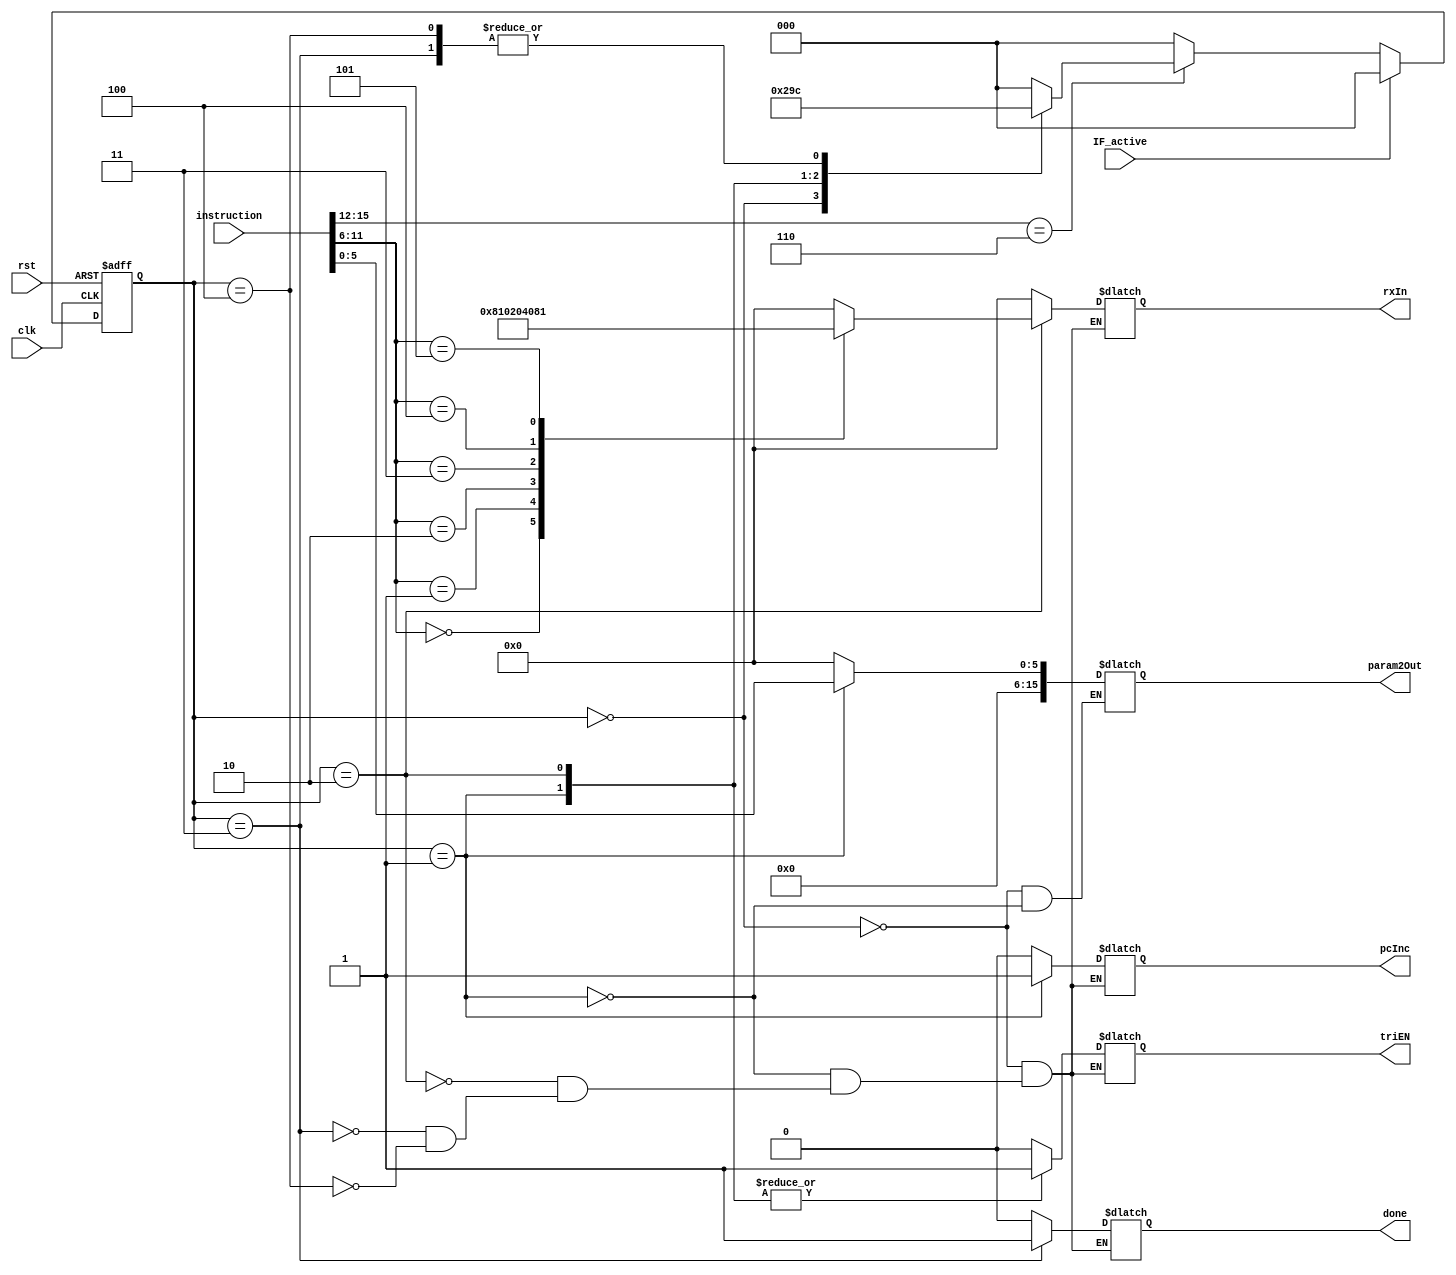
module MOViFSM(clk, rst, instruction, done, rxIn, pcInc, param2Out, triEN, IF_active);
    input clk, rst, IF_active;
    input[15:0] instruction;
    wire[3:0] opCode = instruction[15:12];
    wire[5:0] param1 = instruction[11:6];
    wire[5:0] param2 = instruction[5:0];

    output reg done, pcInc, triEN;
    output reg[5:0] rxIn;
    output reg[15:0] param2Out;

    reg[2:0] pres_state, next_state;
    parameter st0 = 3'b000, st1 = 3'b001, st2 = 3'b010, st3 = 3'b011, st4 = 3'b100;

    // State register
    always @(posedge clk or posedge rst) begin
        if(rst)
            pres_state <= st0;
        else if(IF_active)
            pres_state <= st0;
        else if(opCode == 4'b0110)
            pres_state <= next_state;
        else
            pres_state <= st0;
    end

    // Next state logic
    always @(pres_state) begin
        case(pres_state)
            st0: next_state <= st1;
            st1: next_state <= st2;
            st2: next_state <= st3;
            st3: next_state <= st4;
            st4: next_state <= st4;
            default: next_state <= st0;
        endcase
    end

    // Output definition
    always @(pres_state) begin
        case(pres_state)
            st0: begin
                done <= 0;rxIn <= 6'b000000;pcInc <= 0;triEN <= 0;
                param2Out <= 16'b0000000000000000;
            end
            st1: begin
                done <= 0;rxIn <= 6'b000000;pcInc <= 1;triEN <= 1;
                param2Out <= {10'b0000000000, param2}; // Put the immediate number on the bus
            end
            st2: begin
                done <= 0;pcInc <= 0;triEN <= 1;
                case(param1) // Store the immediate num into the gen reg in param1
                    6'b000000: rxIn <= 6'b100000;
                    6'b000001: rxIn <= 6'b010000;
                    6'b000010: rxIn <= 6'b001000;
                    6'b000011: rxIn <= 6'b000100;
                    6'b000100: rxIn <= 6'b000010;
                    6'b000101: rxIn <= 6'b000001;
                    default: rxIn <= 6'b00000;
                endcase
            end
            st3: begin
                done <= 1;rxIn <= 6'b000000;pcInc <= 0;triEN <= 0;
            end
            st4: begin
                done <= 0;rxIn <= 6'b000000;pcInc <= 0;triEN <= 0;
            end
        endcase
    end
endmodule